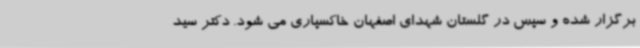
برگزار شده و سپس در گلستان شهدای اصفهان خاکسپاری می شود. دکتر سید